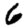
Digit: 6